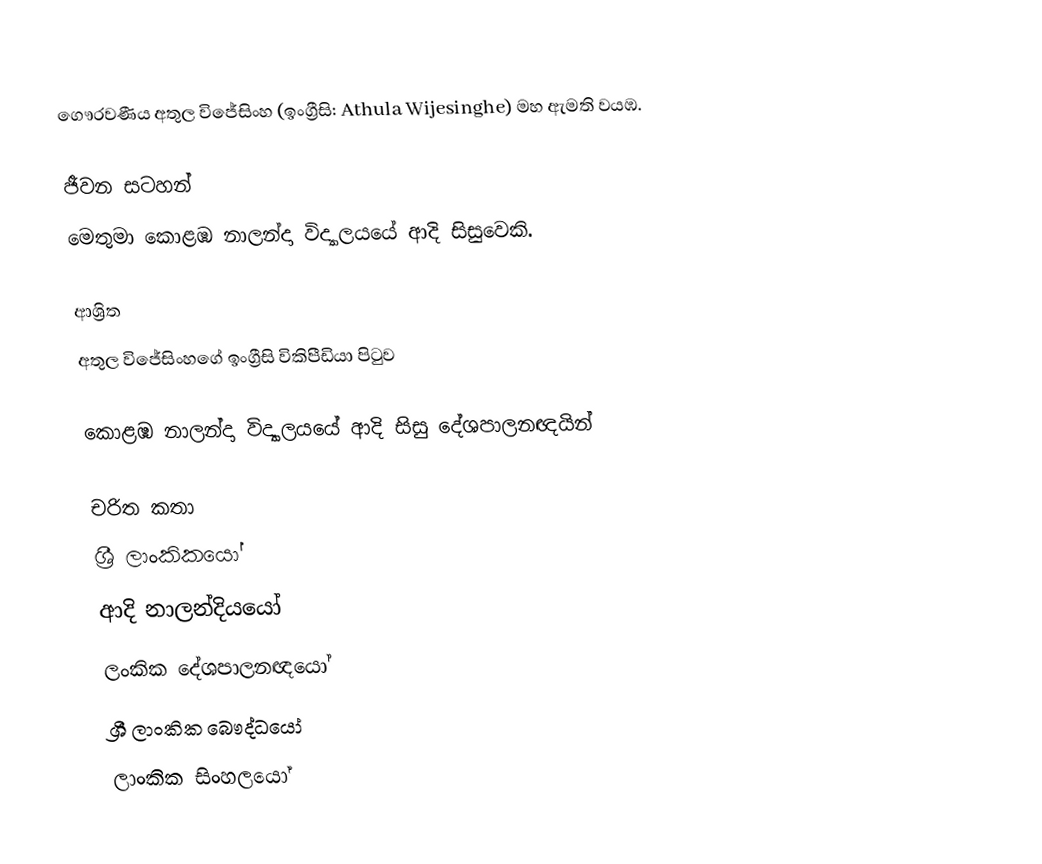
ගෞරවණීය  අතුල විජේසිංහ (ඉංග්‍රීසි: Athula Wijesinghe) මහ ඇමති වයඹ.

ජීවන සටහන්
මෙතුමා  කොළඹ නාලන්දා විද්‍යාලයයේ ආදි සිසුවෙකි.

ආශ්‍රිත
අතුල විජේසිංහගේ ඉංග්‍රීසි විකිපීඩියා පිටුව

කොළඹ නාලන්දා විද්‍යාලයයේ ආදි සිසු දේශපාලනඥයින්

චරිත කතා
ශ්‍රී ලාංකිකයෝ
ආදි නාලන්දියයෝ
ලංකික දේශපාලනඥයෝ
ශ්‍රී ලාංකික බෞද්ධයෝ
ලාංකික සිංහලයෝ